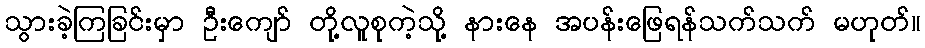
သွားခဲ့ကြခြင်းမှာ ဦးကျော် တို့လူစုကဲ့သို့ နားနေ အပန်းဖြေရန်သက်သက် မဟုတ်။